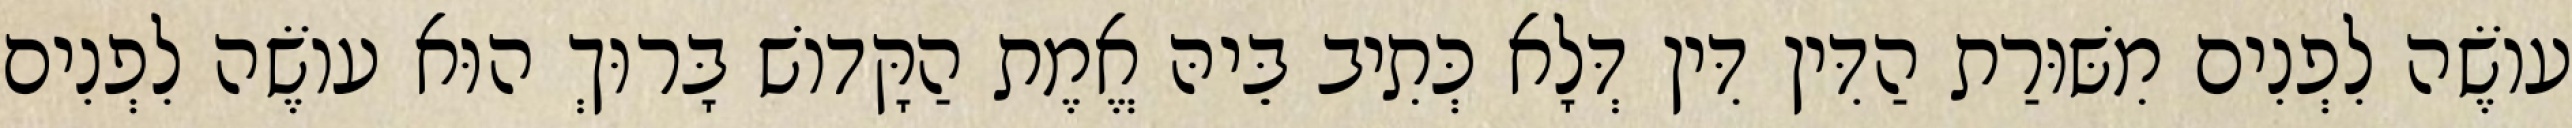
עוֹשֶׂה לִפְנִים מִשּׁוּרַת הַדִּין דִּין דְּלָא כְּתִיב בֵּיהּ אֱמֶת הַקָּדוֹשׁ בָּרוּךְ הוּא עוֹשֶׂה לִפְנִים